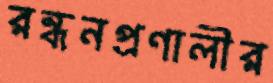
রন্ধনপ্রণালীর